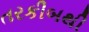
તરકીબથી